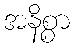
အနိစ္စာ